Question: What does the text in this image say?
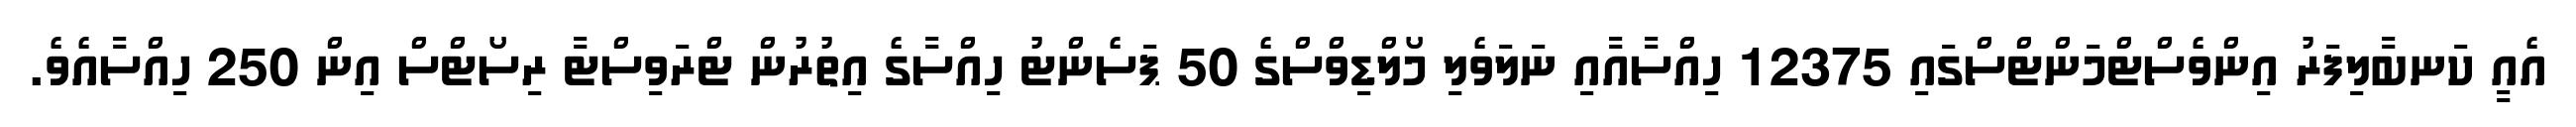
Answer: އެއީ ކަނބާލިފަރު އިންވެސްޓްމަންޓްސްގައި 12375 ހިއްސާއާއި ނަލަވެލި މޯލްޑިވްސްގެ 50 ޕަސެންޓު ހިއްސާގެ އިތުރުން ޓްރަވިސްޓާ ރިސޯޓްސް އިން 250 ހިއްސާއެވެ.